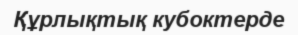
Құрлықтық кубоктерде